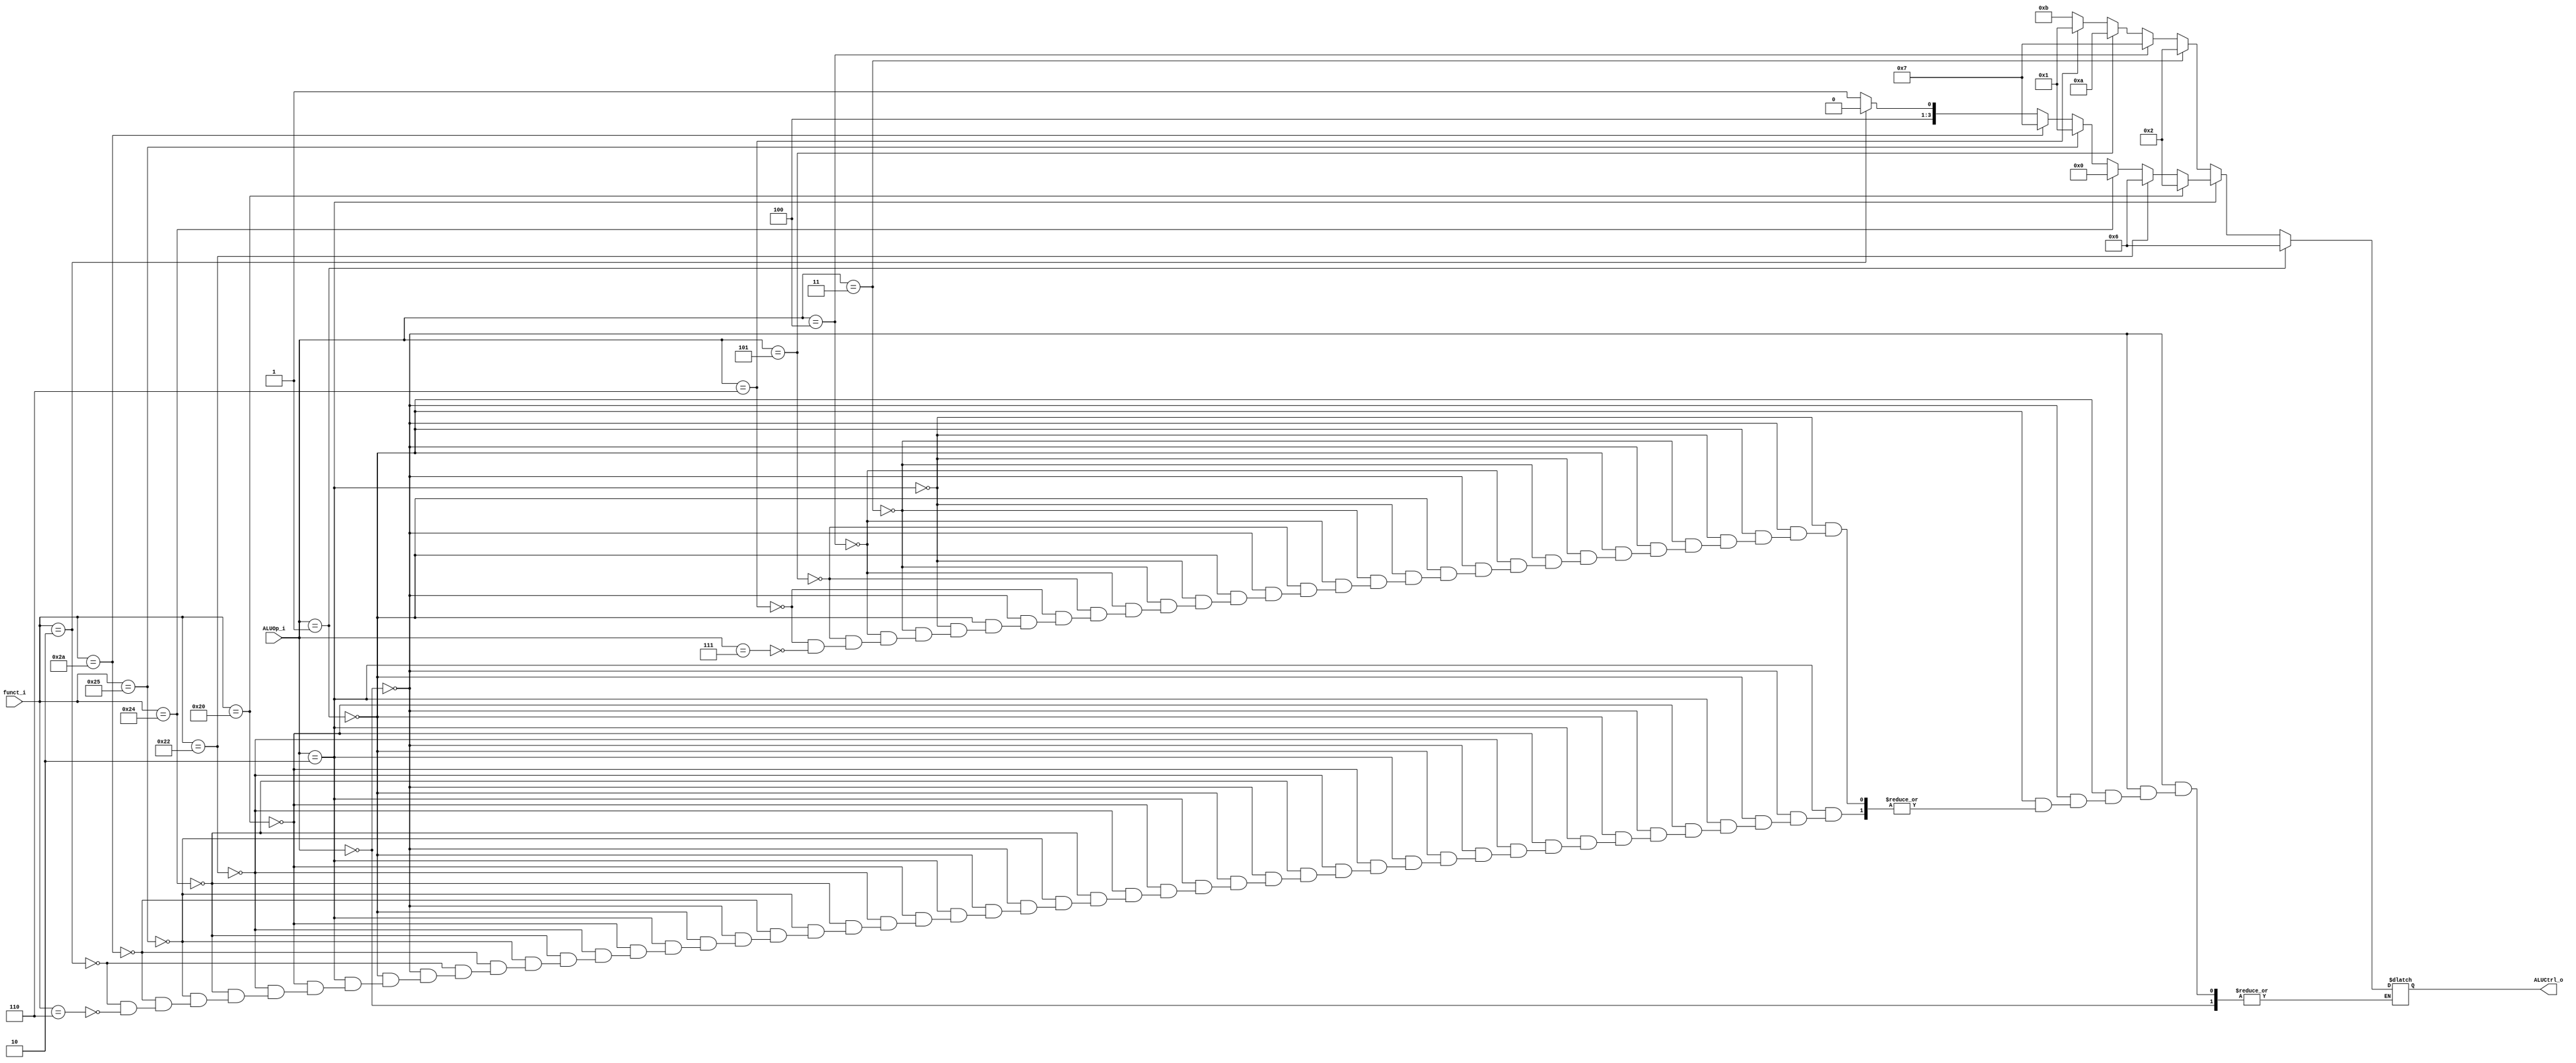
//Subject:     CO project 2 - ALU Controller
//--------------------------------------------------------------------------------
//Version:     1
//--------------------------------------------------------------------------------
//Writer:      
//----------------------------------------------
//Date:        
//----------------------------------------------
//Description: 
//--------------------------------------------------------------------------------

module ALU_Ctrl(
          funct_i,
          ALUOp_i,
          ALUCtrl_o
          );
          
//I/O ports 
input      [6-1:0] funct_i;
input      [3-1:0] ALUOp_i;

output     [4-1:0] ALUCtrl_o;    
     
//Internal Signals
reg        [4-1:0] ALUCtrl_o;

//Parameter

       
//Select exact operation

always@( * )begin
	if(ALUOp_i==3'b000)begin end
	else if(ALUOp_i==3'b001)begin 
		ALUCtrl_o=4'b0110;
	end
	else if(ALUOp_i==3'b010)begin 
		if(funct_i==6'h20)begin ALUCtrl_o=4'b0010;end
		else if(funct_i==6'h22)begin ALUCtrl_o=4'b0110;end
		else if(funct_i==6'h24)begin ALUCtrl_o=4'b0000;end
		else if(funct_i==6'h25)begin ALUCtrl_o=4'b0001;end
		else if(funct_i==6'h2a)begin ALUCtrl_o=4'b0111;end
		else if(funct_i==6'b000010)begin ALUCtrl_o=4'b1000;end
		else if(funct_i==6'b000110)begin ALUCtrl_o=4'b1001;end
	end
	else if(ALUOp_i==3'b011)begin 
		ALUCtrl_o=4'b0010;
	end
	else if(ALUOp_i==3'b100)begin 
		ALUCtrl_o=4'b0111;
	end
	else if(ALUOp_i==3'b101)begin 
		ALUCtrl_o=4'b1010;
	end
	else if(ALUOp_i==3'b110)begin 
		ALUCtrl_o=4'b0001;
	end
	else if(ALUOp_i==3'b111)begin 
		ALUCtrl_o=4'b1011;
	end
end

endmodule